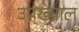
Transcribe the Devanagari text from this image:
उपख्याल